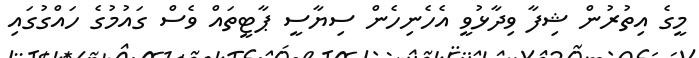
މީގެ އިތުރުން ޝިފާ ވިދާޅުވީ އެހެނިހެން ސިޔާސީ ޕާޓީތައް ވެސް ގައުމުގެ ހައްގުގައި